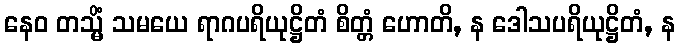
နေဝ တသ္မိံ သမယေ ရာဂပရိယုဋ္ဌိတံ စိတ္တံ ဟောတိ, န ဒေါသပရိယုဋ္ဌိတံ, န